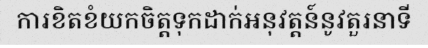
ការខិតខំយកចិត្តទុកដាក់អនុវត្តន៍នូវតួរនាទី